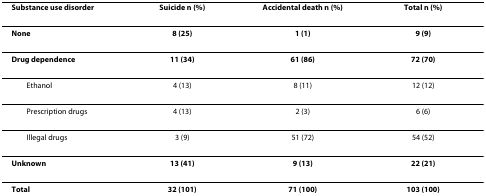
<table><thead><tr><td><b>Substance use disorder</b></td><td><b>Suicide n (%)</b></td><td><b>Accidental death n (%)</b></td><td><b>Total n (%)</b></td></tr></thead><tbody><tr><td><b>None</b></td><td><b>8 (25)</b></td><td><b>1 (1)</b></td><td><b>9 (9)</b></td></tr><tr><td><b>Drug dependence</b></td><td><b>11 (34)</b></td><td><b>61 (86)</b></td><td><b>72 (70)</b></td></tr><tr><td> Ethanol</td><td>4 (13)</td><td>8 (11)</td><td>12 (12)</td></tr><tr><td> Prescription drugs</td><td>4 (13)</td><td>2 (3)</td><td>6 (6)</td></tr><tr><td> Illegal drugs</td><td>3 (9)</td><td>51 (72)</td><td>54 (52)</td></tr><tr><td><b>Unknown</b></td><td><b>13 (41)</b></td><td><b>9 (13)</b></td><td><b>22 (21)</b></td></tr><tr><td><b>Total</b></td><td><b>32 (101)</b></td><td><b>71 (100)</b></td><td><b>103 (100)</b></td></tr></tbody></table>